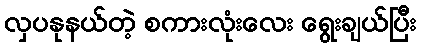
လှပနုနယ်တဲ့ စကားလုံးလေး ရွေးချယ်ပြီး